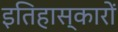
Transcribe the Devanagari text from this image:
इतिहास्कारों